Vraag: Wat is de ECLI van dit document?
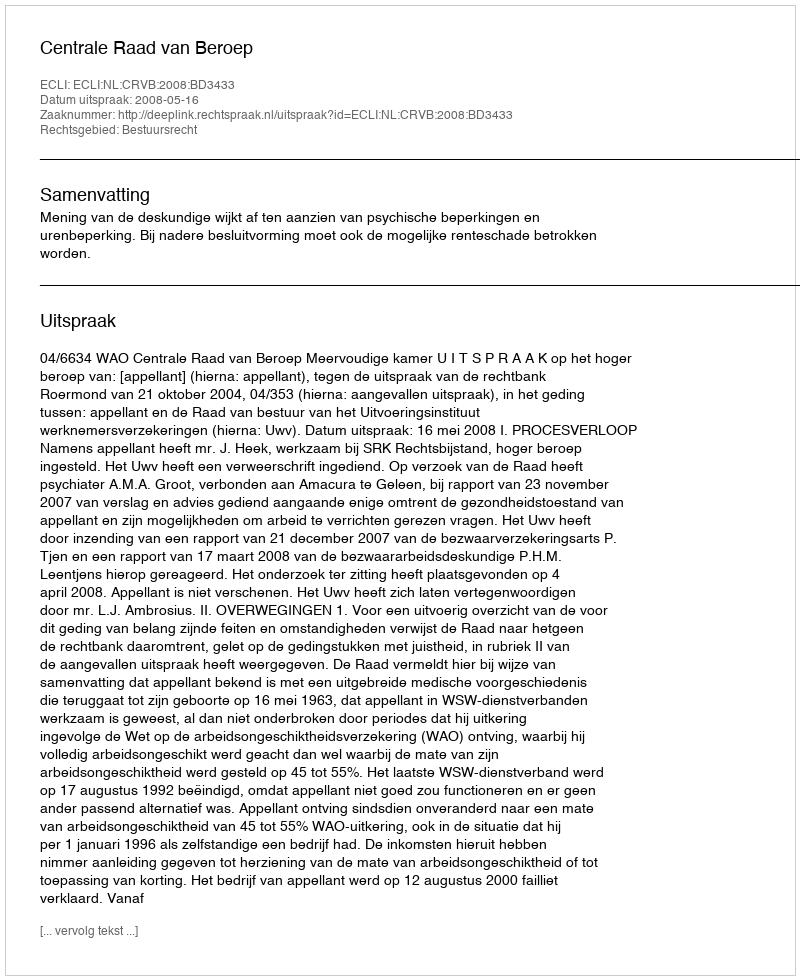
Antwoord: ECLI:NL:CRVB:2008:BD3433